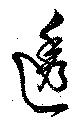
透